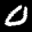
Label: 0